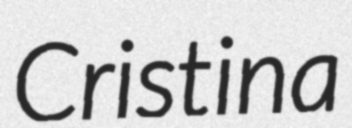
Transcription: Cristina